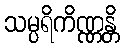
သမ္ပရိကိဏ္ဏန္တိ